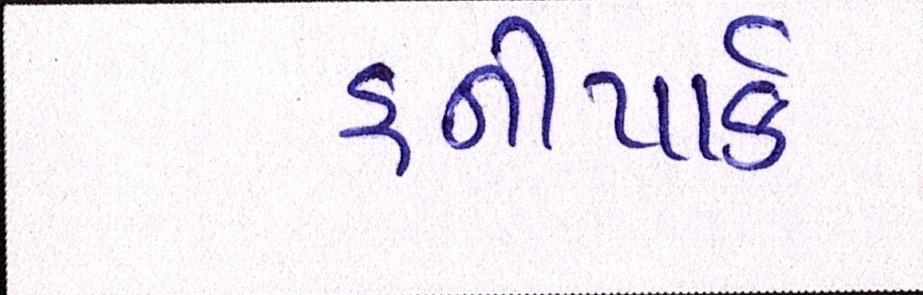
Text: હનીપાર્ક